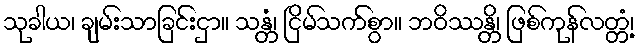
သုခါယ၊ ချမ်းသာခြင်းငှာ။ သန္တံ၊ ငြိမ်သက်စွာ။ ဘဝိဿန္တိ၊ ဖြစ်ကုန်လတ္တံ့၊